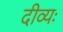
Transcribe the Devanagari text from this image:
दीव्यः